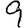
Digit: 9